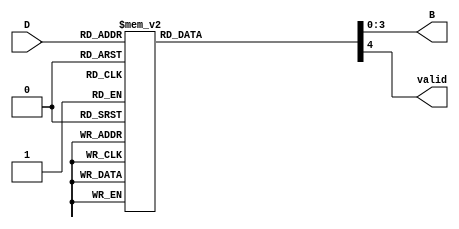
module DecimalToBinaryEncoder (
    input wire [3:0] D,    // 4-bit input for decimal digits (0-9)
    output reg [3:0] B,    // 4-bit output for binary equivalent
    output reg valid        // Output to indicate if input is valid
);

// Combinational logic to perform the encoding
always @(*) begin
    // Default outputs
    B = 4'b0000;          // Default output for invalid input
    valid = 1'b0;         // Assume invalid initially

    case (D)
        4'b0001: begin B = 4'b0001; valid = 1'b1; end // 1
        4'b0010: begin B = 4'b0010; valid = 1'b1; end // 2
        4'b0011: begin B = 4'b0011; valid = 1'b1; end // 3
        4'b0100: begin B = 4'b0100; valid = 1'b1; end // 4
        4'b0101: begin B = 4'b0101; valid = 1'b1; end // 5
        4'b0110: begin B = 4'b0110; valid = 1'b1; end // 6
        4'b0111: begin B = 4'b0111; valid = 1'b1; end // 7
        4'b1000: begin B = 4'b1000; valid = 1'b1; end // 8
        4'b1001: begin B = 4'b1001; valid = 1'b1; end // 9
        default: begin B = 4'b0000; valid = 1'b0; end // 0 or invalid
    endcase
end

endmodule